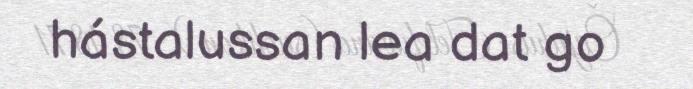
hástalussan lea dat go